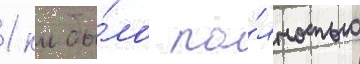
1 км бы́ло по́лностью